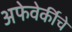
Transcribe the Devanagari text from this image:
अफेवेर्कीचे